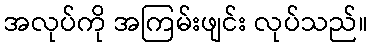
အလုပ်ကို အကြမ်းဖျင်း လုပ်သည်။